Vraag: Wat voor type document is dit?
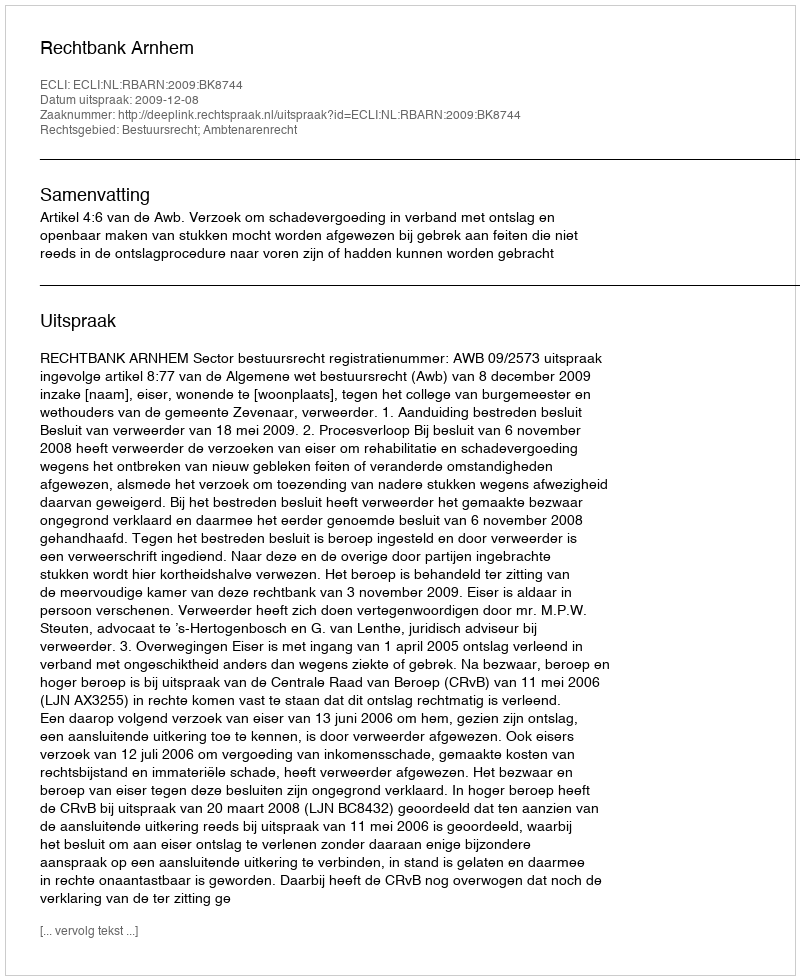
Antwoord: Uitspraak